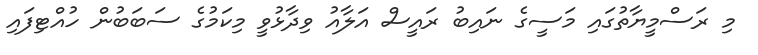
މި ރަސްމީޔާތުގައި މަސީގެ ނައިބު ރައީސް އަލާއު ވިދާޅުވީ މިކަމުގެ ސަބަބުން ހުއްޓިފައި